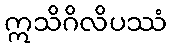
ဣသိဂိလိပဿံ